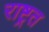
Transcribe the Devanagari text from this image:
राष्ट्रत